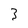
Character: 3